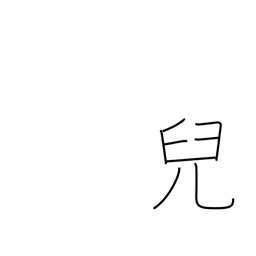
Meaning: child